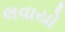
લવાયો